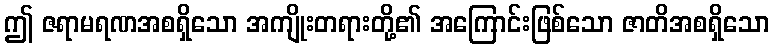
ဤ ဇရာမရဏအစရှိသော အကျိုးတရားတို့၏ အကြောင်းဖြစ်သော ဇာတိအစရှိသော